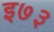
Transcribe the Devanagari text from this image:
इ७३